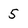
Character: 5